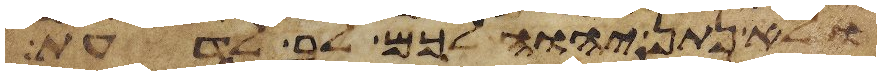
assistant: ולא נתן יהוה לכם לב לדעת